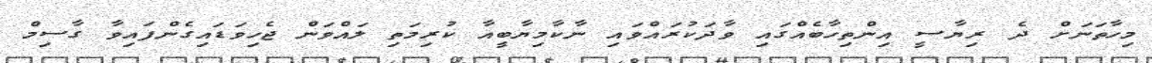
މިހާތަނަށް ދެ ރިޔާސީ އިންތިހާބެއްގައި ވާދަކުރައްވައި ނާކާމިޔާބީއާ ކުރިމަތި ލައްވަން ޖެހިވަޑައިގެންފައިވާ ގާސިމް